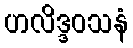
ဟလိဒ္ဒဝသနံ